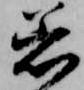
着